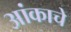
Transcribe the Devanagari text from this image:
आंकाचे